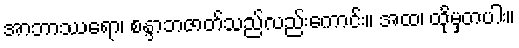
အာဘာဿရော၊ စန္ဒာဘဇာတ်သည်လည်းကောင်း။ အထ၊ ထိုမှတပါး။